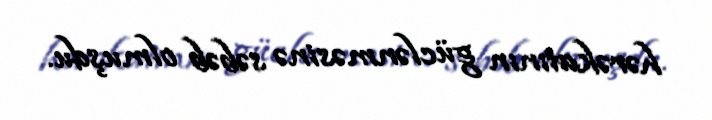
hərəkatının güclənməsinə səbəb olmuşdu.